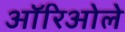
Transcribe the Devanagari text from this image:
ऑरिओले